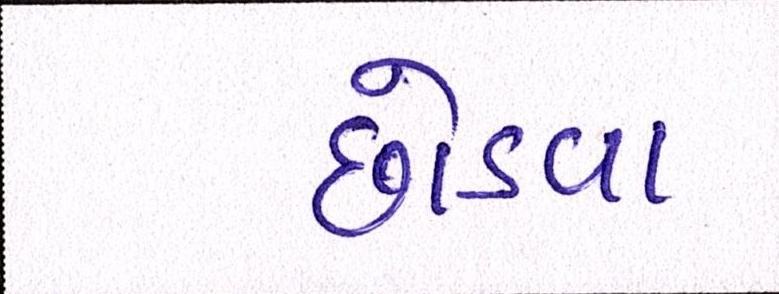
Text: છોડવા